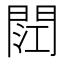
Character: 𮤏